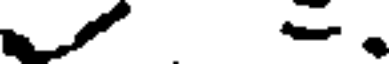
.